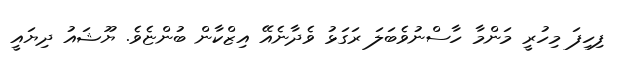
ފިހިފަ މިހުރީ މަންމާ ހާސްނުވެބަލަ ރަގަޅު ވެދާނެއޭ އިޒްކާން ބުންޏެވެ. ޔޫޝައު ދިޔައީ